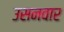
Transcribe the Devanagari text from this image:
उसनवार